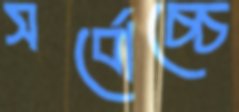
সর্বোচ্চে